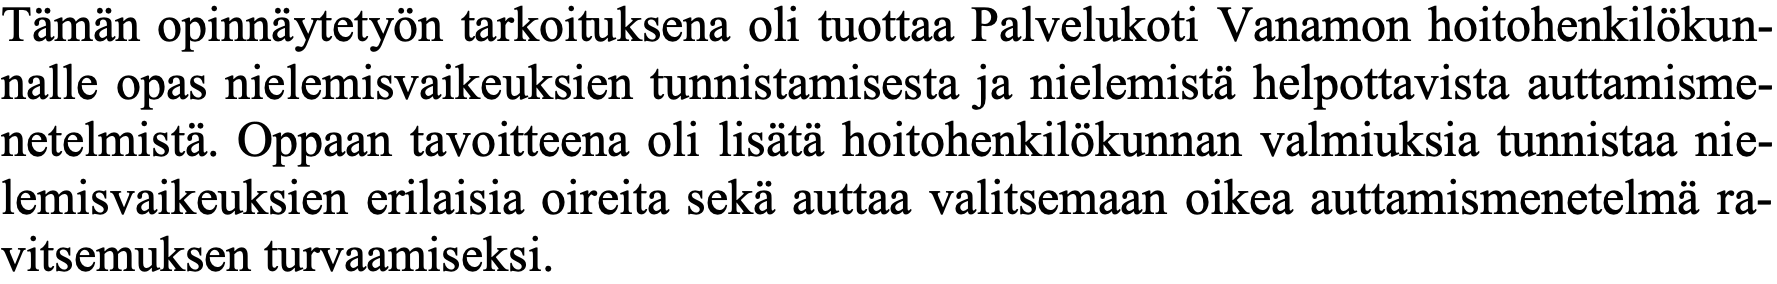
Tämän opinnäytetyön tarkoituksena oli tuottaa Palvelukoti Vanamon hoitohenkilökun- nalle opas nielemisvaikeuksien tunnistamisesta ja nielemistä helpottavista auttamisme- netelmistä. Oppaan tavoitteena oli lisätä hoitohenkilökunnan valmiuksia tunnistaa nie- lemisvaikeuksien erilaisia oireita sekä auttaa valitsemaan oikea auttamismenetelmä ra- vitsemuksen turvaamiseksi.